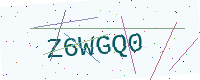
Text: Z6WGQ0